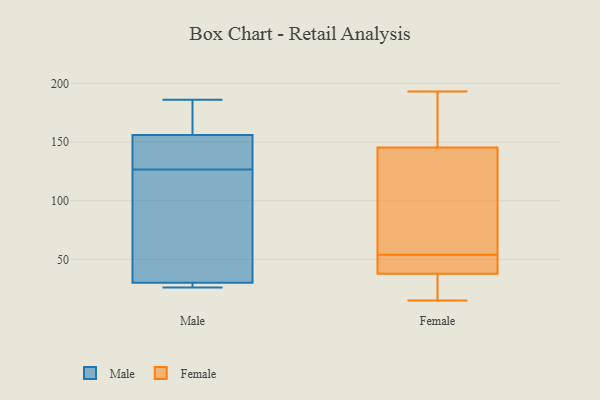
{"axis": {"x": "Production Output", "y": "Value"}, "legend": ["Female", "Male"], "data": [{"x": "", "y": 114, "type": "Male"}, {"x": "", "y": 149, "type": "Male"}, {"x": "", "y": 157, "type": "Male"}, {"x": "", "y": 27, "type": "Male"}, {"x": "", "y": 139, "type": "Male"}, {"x": "", "y": 186, "type": "Male"}, {"x": "", "y": 26, "type": "Male"}, {"x": "", "y": 156, "type": "Male"}, {"x": "", "y": 30, "type": "Male"}, {"x": "", "y": 100, "type": "Male"}, {"x": "", "y": 134, "type": "Female"}, {"x": "", "y": 47, "type": "Female"}, {"x": "", "y": 164, "type": "Female"}, {"x": "", "y": 40, "type": "Female"}, {"x": "", "y": 54, "type": "Female"}, {"x": "", "y": 37, "type": "Female"}, {"x": "", "y": 193, "type": "Female"}, {"x": "", "y": 49, "type": "Female"}, {"x": "", "y": 21, "type": "Female"}, {"x": "", "y": 117, "type": "Female"}, {"x": "", "y": 149, "type": "Female"}, {"x": "", "y": 15, "type": "Female"}, {"x": "", "y": 20, "type": "Female"}, {"x": "", "y": 84, "type": "Female"}, {"x": "", "y": 188, "type": "Female"}]}